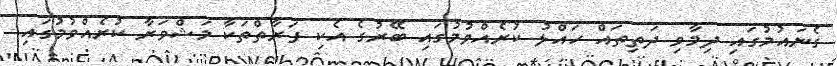
ގެނައުމުގައި ދިމާވި ދަތިތައް ހައްލު ކުރެއްވުމުގައި ބޭރުގެ އެކި ފަރާތްތަކާ މަޝްވަރާ ކުރެއްވުމުގައި